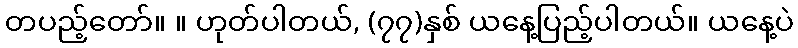
တပည့်တော်။ ။ ဟုတ်ပါတယ်, (၇၇)နှစ် ယနေ့ပြည့်ပါတယ်။ ယနေ့ပဲ